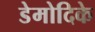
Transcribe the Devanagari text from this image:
डेमोदिके